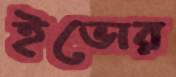
ইভোর